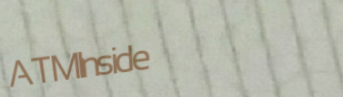
ATMInside